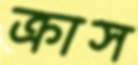
ক্রাস